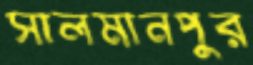
সালমানপুর